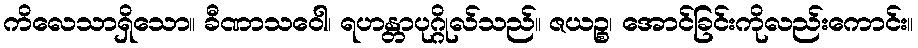
ကိလေသာရှိသော။ ခီဏာသဝေါ၊ ရဟန္တာပုဂ္ဂိုလ်သည်။ ဇယဉ္စ၊ အောင်ခြင်းကိုလည်းကောင်း။